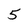
Character: 5